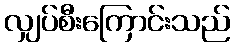
လျှပ်စီးကြောင်းသည်